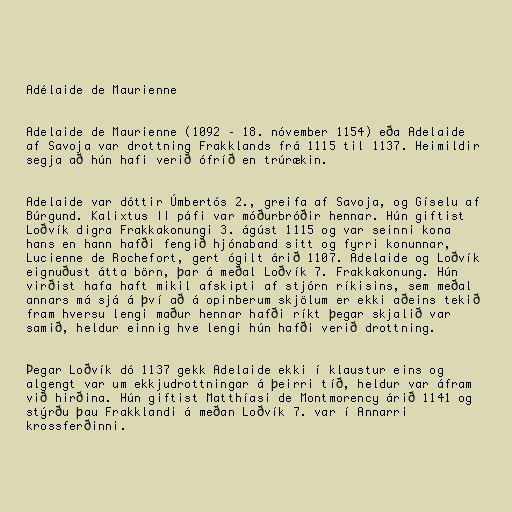
Adélaide de Maurienne

Adelaide de Maurienne (1092 – 18. nóvember 1154) eða Adelaide
af Savoja var drottning Frakklands frá 1115 til 1137. Heimildir
segja að hún hafi verið ófríð en trúrækin.

Adelaide var dóttir Úmbertós 2., greifa af Savoja, og Gíselu af
Búrgund. Kalixtus II páfi var móðurbróðir hennar. Hún giftist
Loðvík digra Frakkakonungi 3. ágúst 1115 og var seinni kona
hans en hann hafði fengið hjónaband sitt og fyrri konunnar,
Lucienne de Rochefort, gert ógilt árið 1107. Adelaide og Loðvík
eignuðust átta börn, þar á meðal Loðvík 7. Frakkakonung. Hún
virðist hafa haft mikil afskipti af stjórn ríkisins, sem meðal
annars má sjá á því að á opinberum skjölum er ekki aðeins tekið
fram hversu lengi maður hennar hafði ríkt þegar skjalið var
samið, heldur einnig hve lengi hún hafði verið drottning.

Þegar Loðvík dó 1137 gekk Adelaide ekki í klaustur eins og
algengt var um ekkjudrottningar á þeirri tíð, heldur var áfram
við hirðina. Hún giftist Matthíasi de Montmorency árið 1141 og
stýrðu þau Frakklandi á meðan Loðvík 7. var í Annarri
krossferðinni.